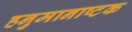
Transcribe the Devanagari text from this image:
हनुमानाष्टक